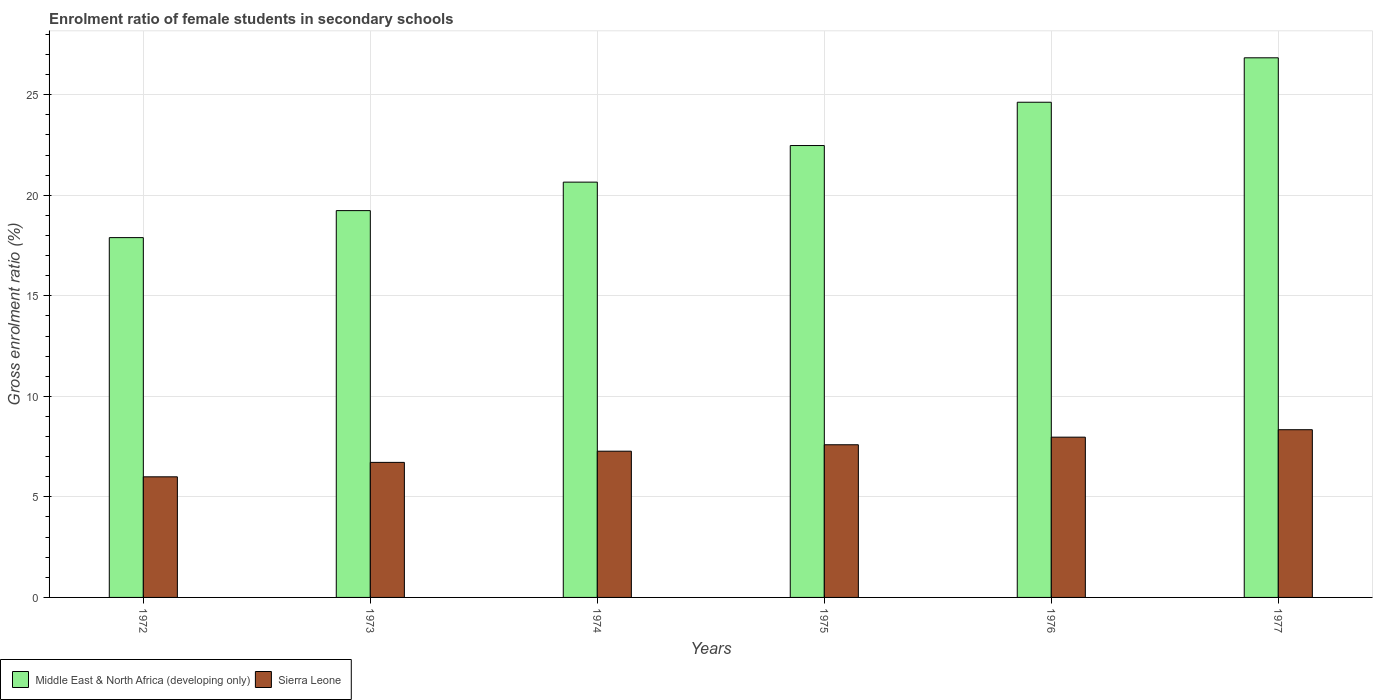
| Years | Middle East & North Africa (developing only) | Sierra Leone |
 | --- | --- | --- |
 | 1972 | 17.9 | 6 |
 | 1973 | 19.2 | 6.72 |
 | 1974 | 20.7 | 7.27 |
 | 1975 | 22.5 | 7.59 |
 | 1976 | 24.6 | 7.97 |
 | 1977 | 26.8 | 8.34 |